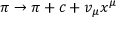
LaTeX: \pi \to \pi + c + v _ { \mu } x ^ { \mu }